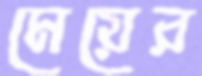
মেয়ের